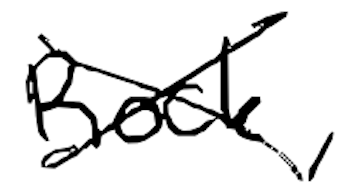
Text: Rock,
Cross-out: cross
Writing tool: digital_black